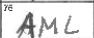
Transcription: AML